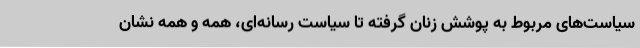
سیاست‌های مربوط به پوشش زنان گرفته تا سیاست رسانه‌ای، همه و همه نشان